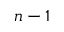
n - 1